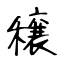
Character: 穣